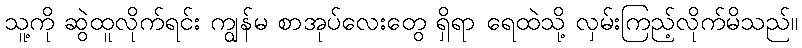
သူ့ကို ဆွဲထူလိုက်ရင်း ကျွန်မ စာအုပ်လေးတွေ ရှိရာ ရေထဲသို့ လှမ်းကြည့်လိုက်မိသည်။